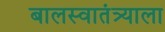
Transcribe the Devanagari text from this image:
बालस्वातंत्र्याला